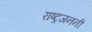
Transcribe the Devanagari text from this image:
राष्ट्रजननी